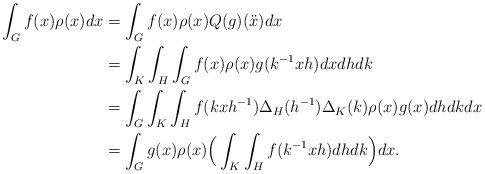
LaTeX: \begin{align*}\int_G f(x)\rho(x)dx&=\int_G f(x) \rho(x)Q(g)(\ddot{x})dx\\&=\int_K\int_H\int_G f(x)\rho(x) g(k^{-1}xh) dxdhdk\\&=\int_G \int_K\int_H f(kxh^{-1}) \Delta _H(h^{-1})\Delta_K(k) \rho(x) g(x) dh dk dx \\&=\int_Gg(x)\rho(x)\Big(\int_K\int_H f(k^{-1}xh)dhdk\Big) dx.\end{align*}